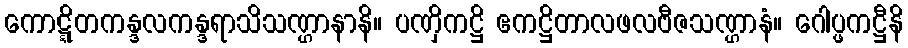
ကောဋ္ဋိတကန္ဒလကန္ဒရာသိသဏ္ဌာနာနိ။ ပဏှိကဋ္ဌိ ဧကဋ္ဌိတာလဖလဗီဇသဏ္ဌာနံ။ ဂေါပ္ဖကဋ္ဌီနိ